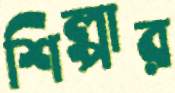
শিল্পার